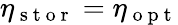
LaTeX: \eta_{\mathrm{~s~t~o~r~}}=\eta_{\mathrm{~o~p~t~}}